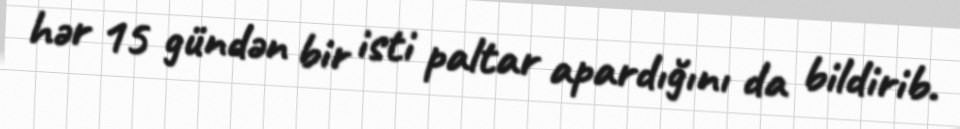
hər 15 gündən bir isti paltar apardığını da bildirib.